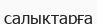
салықтарға